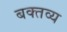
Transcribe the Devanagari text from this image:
बक्तव्य